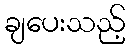
ချပေးသည့်